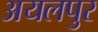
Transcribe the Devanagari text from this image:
अयलपुर